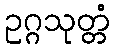
ဥဂ္ဂသုတ္တံ